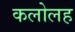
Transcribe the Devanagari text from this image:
कलोलह